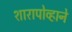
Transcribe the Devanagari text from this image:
शारापोव्हाने